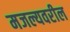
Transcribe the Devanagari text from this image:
मजल्यवरील